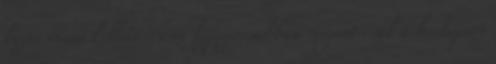
biztosítani kellett - ami leggyorsabban megint csak a hadiipari